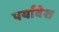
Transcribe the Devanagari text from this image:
पर्यावेश